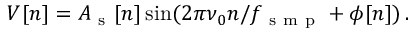
V [ n ] = A _ { \mathrm { ~ s ~ } } [ n ] \sin ( 2 \pi \nu _ { 0 } n / f _ { \mathrm { ~ s ~ m ~ p ~ } } + \phi [ n ] ) \, .